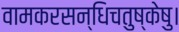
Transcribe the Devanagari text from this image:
वामकरसन्धिचतुष्केषु।